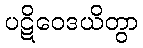
ပဋိဝေဒယိတွာ